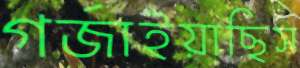
গর্‌জাইয়াছিস